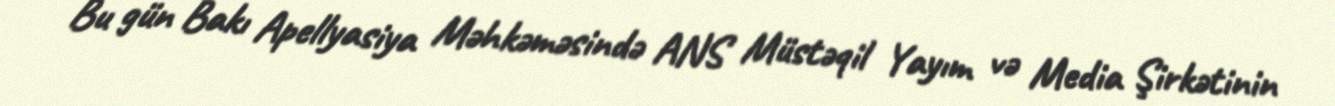
Bu gün Bakı Apellyasiya Məhkəməsində ANS Müstəqil Yayım və Media Şirkətinin